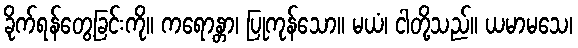
ခိုက်ရန်တွေ့ခြင်းကို။ ကရောန္တာ၊ ပြုကုန်သော။ မယံ၊ ငါတို့သည်။ ယမာမသေ၊